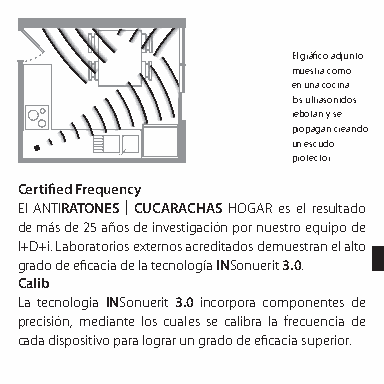
El gráfico adjunto
 muestra como
 en una cocina
 los ultrasonidos
 rebotan y se
 propagan creando
 un escudo
 protector
 Certified Frequency
 El ANTIRATONES | CUCARACHAS HOGAR es el resultado
 de más de 25 años de investigación por nuestro equipo de
 I+D+i. Laboratorios externos acreditados demuestran el alto
 grado de eficacia de la tecnología INSonuerit 3.0.
 Calib
 La tecnologia INSonuerit 3.0 incorpora componentes de
 precisión, mediante los cuales se calibra la frecuencia de
 cada dispositivo para lograr un grado de eficacia superior.